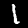
Label: 1